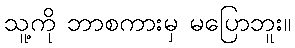
သူ့ကို ဘာစကားမှ မပြောဘူး။